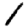
Digit: 1